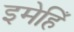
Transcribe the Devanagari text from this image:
इमेहिँ